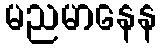
မညမာနေန